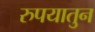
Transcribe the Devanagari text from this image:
रुपयातुन